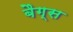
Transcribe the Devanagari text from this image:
बैग्‍स